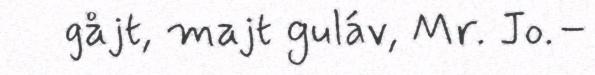
gåjt, majt guláv, Mr. Jo.–